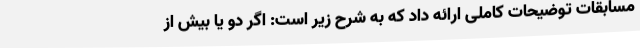
مسابقات توضیحات کاملی ارائه داد که به شرح زیر است: اگر دو یا بیش از